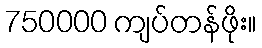
750000 ကျပ်တန်ဖိုး။